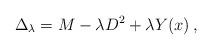
LaTeX: \begin{align*}\Delta_\lambda= M-\lambda D^2+\lambda Y(x) \,,\end{align*}